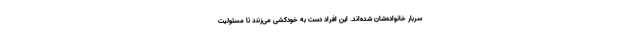
سربار خانواده‌شان شده‌اند. این افراد دست به خودکشی می‌زنند تا مسئولیت